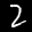
Label: 2